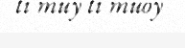
ti muy ti muoy